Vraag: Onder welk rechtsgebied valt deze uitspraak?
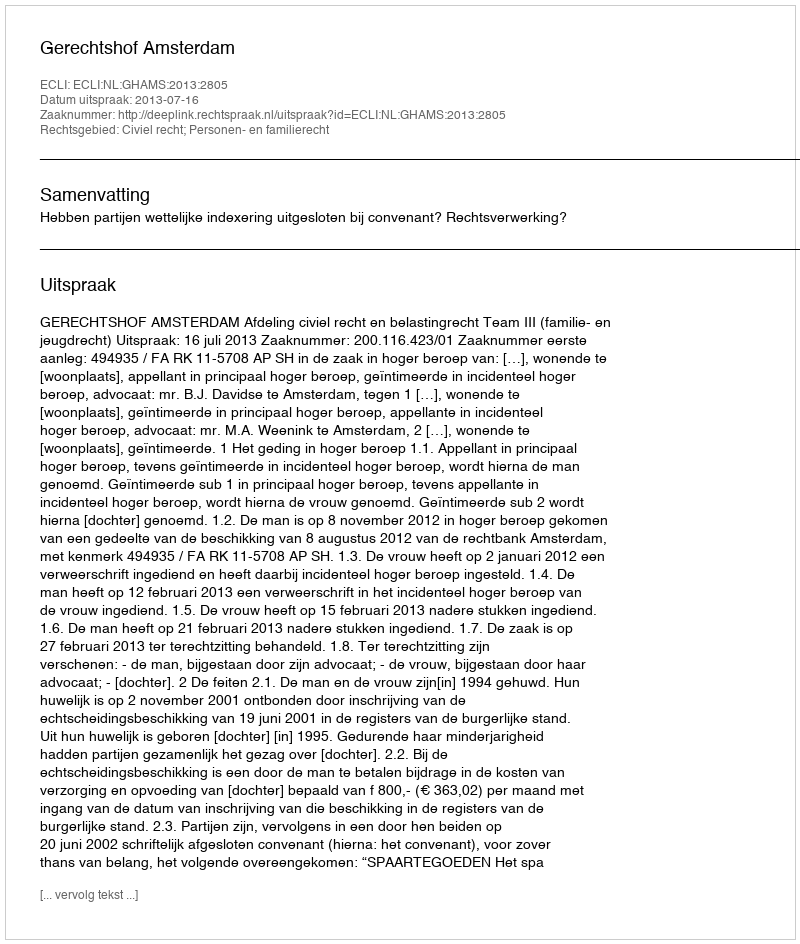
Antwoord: Civiel recht; Personen- en familierecht